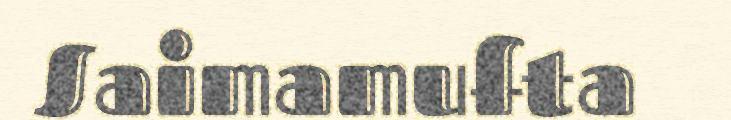
Saimamufta